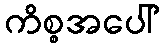
ကိစ္စအပေါ်